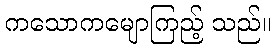
ကသောကမျောကြည့် သည်။